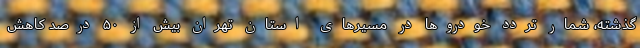
گذشته، شمار تردد خودروها در مسیرهای استان تهران بیش از ۵۰ درصد کاهش